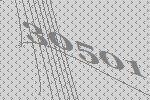
30501